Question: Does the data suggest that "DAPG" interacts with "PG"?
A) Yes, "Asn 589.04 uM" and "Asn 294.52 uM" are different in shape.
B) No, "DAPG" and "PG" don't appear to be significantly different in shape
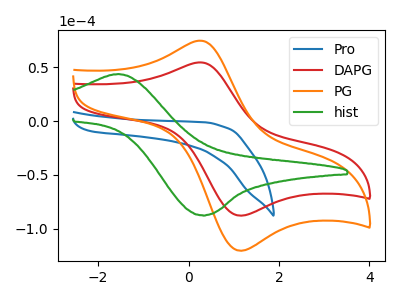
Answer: <think>The blue curve "Pro" has no peaks. The red curve "DAPG" has an anodic peak at (0.25V, 54.40uA) and a cathodic peak at (1.10V, -87.75uA). The orange curve "PG" has an anodic peak at (0.25V, 74.55uA) and a cathodic peak at (1.10V, -120.30uA). The green curve "hist" has an anodic peak at (-1.55V, 43.60uA) and a cathodic peak at (0.30V, -87.50uA).
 All the peaks in "DAPG" have a peak in "PG" at the same potential. Every peak in "DAPG" is lower than every peak in "PG".</think>
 <answer>B) No, "DAPG" and "PG" don't appear to be significantly different in shape</answer>
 <eval>B</eval>